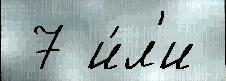
 7 и́л'и